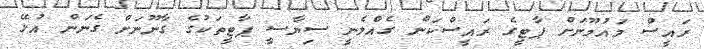
ރައީސް މައުމޫނަށް ޕާޓީގެ ރައީސްކަން ގެއްލެނީ ސިޔާސީ ޕާޓީތަކުގެ ގާނޫނަށް ގެނަން އުޅޭ